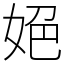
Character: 𡜆